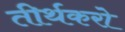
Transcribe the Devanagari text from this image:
तीर्थकरो